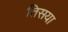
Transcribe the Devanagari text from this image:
तिसया